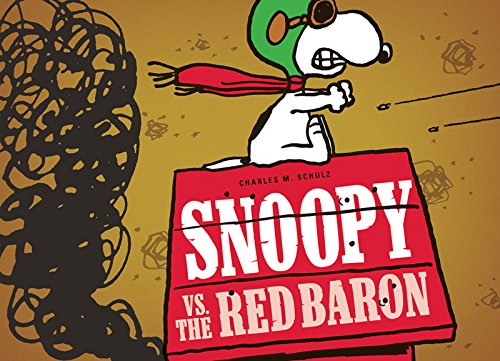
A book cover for Snoopy Vs. the Red Baron (Peanuts Seasonal); Charles M. Schulz; Comics & Graphic Novels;